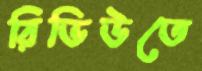
রিভিউতে